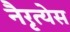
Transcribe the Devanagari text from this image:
नैरृत्येस